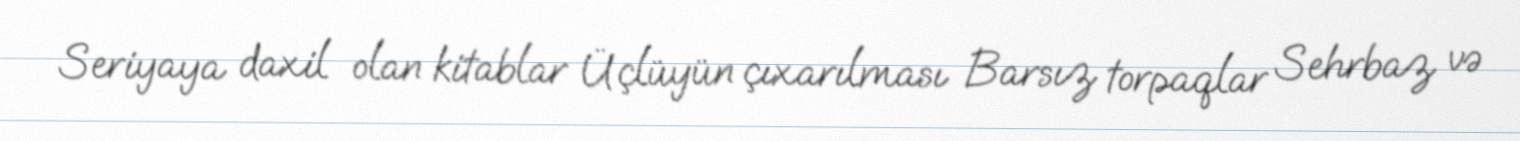
Seriyaya daxil olan kitablar Üçlüyün çıxarılması Barsız torpaqlar Sehrbaz və